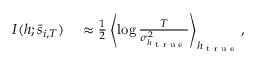
\begin{array} { r l } { I ( h ; \bar { s } _ { i , T } ) } & { { } \approx \frac { 1 } { 2 } \left< \log \frac { T } { \sigma _ { h _ { \textrm { t r u e } } } ^ { 2 } } \right> _ { h _ { \textrm { t r u e } } } , } \end{array}